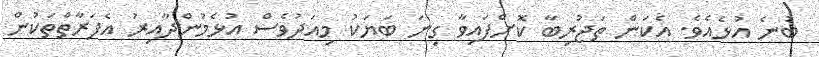
ބުނެ އުޅެއެވެ. އެކަން ތަޖުރިބާ ކޮށްފައިވާ ގިނަ ބަޔަކު މިއަދުވެސް އުޅެމުންދާއިރު އެފަރާތްތަކުން